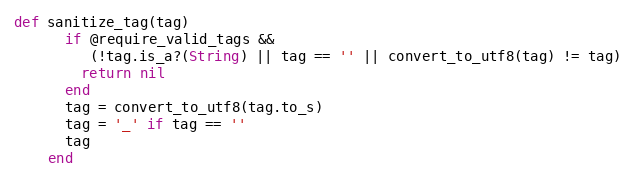
Language: Ruby
def sanitize_tag(tag)
      if @require_valid_tags &&
         (!tag.is_a?(String) || tag == '' || convert_to_utf8(tag) != tag)
        return nil
      end
      tag = convert_to_utf8(tag.to_s)
      tag = '_' if tag == ''
      tag
    end